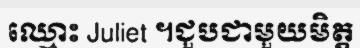
ឈ្មោះ Juliet ។ជួបជាមួយមិត្ត